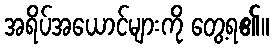
အရိပ်အယောင်များကို တွေ့ရ၏။